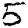
Digit: 5